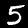
Digit: 5